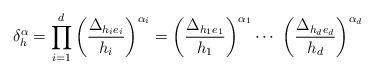
LaTeX: \begin{align*} \delta_h^{\alpha} = \prod_{i=1}^{d}\bigg( \frac{\Delta_{h_ie_{i}}}{h_i}\bigg)^{\alpha_i} = \bigg( \frac{\Delta_{h_1e_{1}}}{h_1}\bigg)^{\alpha_1}\dotsb\ \bigg( \frac{\Delta_{h_de_{d}}}{h_d}\bigg)^{\alpha_d}\end{align*}